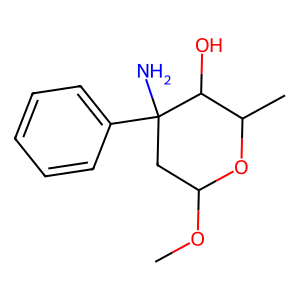
SMILES: COC1CC(N)(c2ccccc2)C(O)C(C)O1
Inhibits HIV replication: No